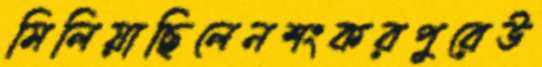
মিলিয়াছিলেনশংকরপুরেউ